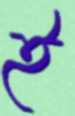
ই